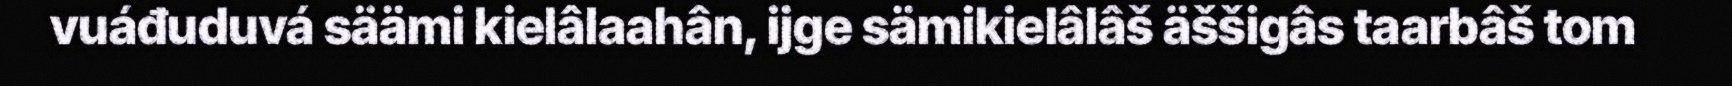
vuáđuduvá säämi kielâlaahân, ijge sämikielâlâš äššigâs taarbâš tom